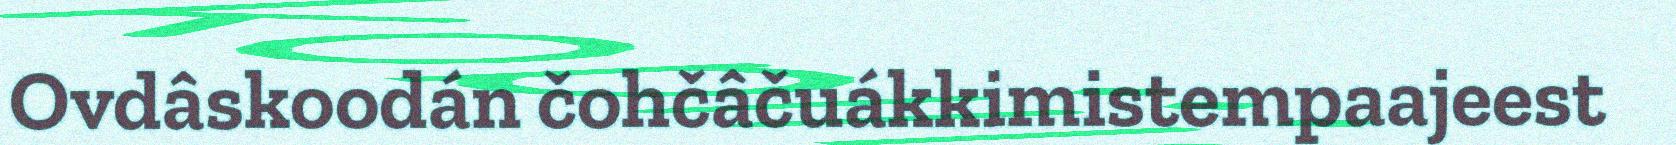
Ovdâskoodán čohčâčuákkimistempaajeest